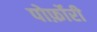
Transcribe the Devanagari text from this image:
पोर्फ़ोरी